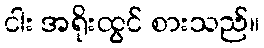
ငါး အရိုးထွင် စားသည်။